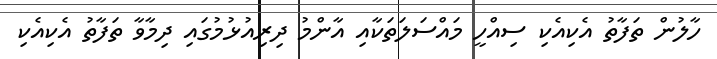
ހާލުން ތަފާތު އެކިއެކި ސިއްހީ މައްސަލަތަކާއި އާންމު ދިރިއުޅުމުގައި ދިމާވާ ތަފާތު އެކިއެކި